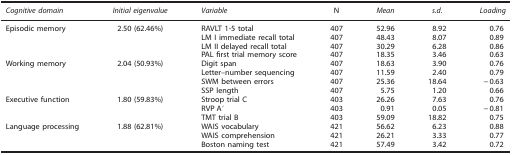
<table><thead><tr><td><b><i>Cognitive domain</i></b></td><td><b><i>Initial eigenvalue</i></b></td><td><b><i>Variable</i></b></td><td><b>N</b></td><td><b><i>Mean</i></b></td><td><b><i>s.d.</i></b></td><td><b><i>Loading</i></b></td></tr></thead><tbody><tr><td>Episodic memory</td><td>2.50 (62.46%)</td><td>RAVLT 1-5 total</td><td>407</td><td>52.96</td><td>8.92</td><td>0.76</td></tr><tr><td> </td><td> </td><td>LM I immediate recall total</td><td>407</td><td>48.43</td><td>8.07</td><td>0.89</td></tr><tr><td> </td><td> </td><td>LM II delayed recall total</td><td>407</td><td>30.29</td><td>6.28</td><td>0.86</td></tr><tr><td> </td><td> </td><td>PAL first trial memory score</td><td>407</td><td>18.35</td><td>3.46</td><td>0.63</td></tr><tr><td>Working memory</td><td>2.04 (50.93%)</td><td>Digit span</td><td>407</td><td>18.63</td><td>3.90</td><td>0.76</td></tr><tr><td> </td><td> </td><td>Letter–number sequencing</td><td>407</td><td>11.59</td><td>2.40</td><td>0.79</td></tr><tr><td> </td><td> </td><td>SWM between errors</td><td>407</td><td>25.36</td><td>18.64</td><td>−0.63</td></tr><tr><td> </td><td> </td><td>SSP length</td><td>407</td><td>5.75</td><td>1.20</td><td>0.66</td></tr><tr><td>Executive function</td><td>1.80 (59.83%)</td><td>Stroop trial C</td><td>403</td><td>26.26</td><td>7.63</td><td>0.76</td></tr><tr><td> </td><td> </td><td>RVP A′</td><td>403</td><td>0.91</td><td>0.05</td><td>−0.81</td></tr><tr><td> </td><td> </td><td>TMT trial B</td><td>403</td><td>59.09</td><td>18.82</td><td>0.75</td></tr><tr><td>Language processing</td><td>1.88 (62.81%)</td><td>WAIS vocabulary</td><td>421</td><td>56.62</td><td>6.23</td><td>0.88</td></tr><tr><td> </td><td> </td><td>WAIS comprehension</td><td>421</td><td>26.21</td><td>3.33</td><td>0.77</td></tr><tr><td> </td><td> </td><td>Boston naming test</td><td>421</td><td>57.49</td><td>3.42</td><td>0.72</td></tr></tbody></table>